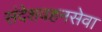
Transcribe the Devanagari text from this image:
संदेशवहनसेवा